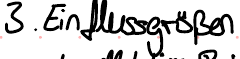
3. Einflussgrößen